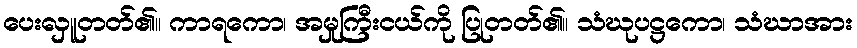
ပေးလှူတတ်၏။ ကာရကော၊ အမှုကြီးငယ်ကို ပြုတတ်၏။ သံဃုပဋ္ဌကော၊ သံဃာအား